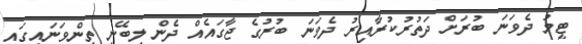
ޓީމު ދެވަނަ ބުރަށް ދަތުރުކުރާއިރު ދެވަނަ ބުރުގެ ޖާގައެއް ދެން ލިބޭނީ ތިންވަނައިގައި